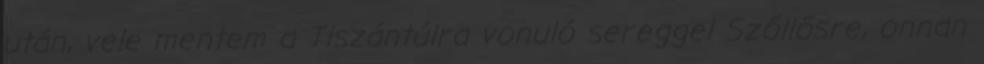
után, vele mentem a Tiszántúlra vonuló sereggel Szőllősre, onnan